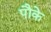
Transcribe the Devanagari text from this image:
पौके